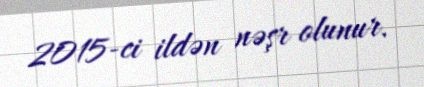
2015-ci ildən nəşr olunur.